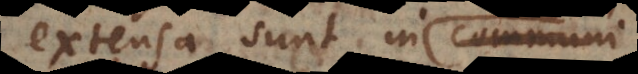
extensa sunt in com